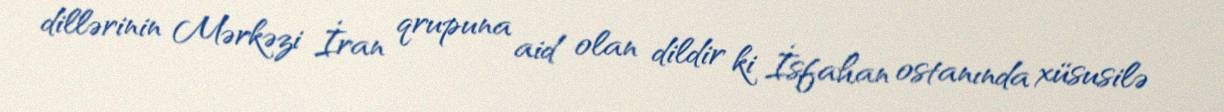
dillərinin Mərkəzi İran qrupuna aid olan dildir ki İsfahan ostanında xüsusilə